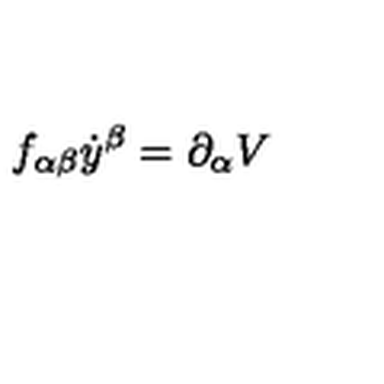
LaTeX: f _ { \alpha \beta } \dot { y } ^ { \beta } = \partial _ { \alpha } V